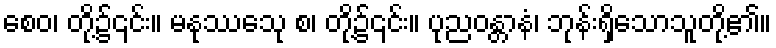
စေဝ၊ တို့၌၎င်း။ မနုဿေသု စ၊ တို့၌၎င်း။ ပုညဝန္တာနံ၊ ဘုန်းရှိသောသူတို့၏။